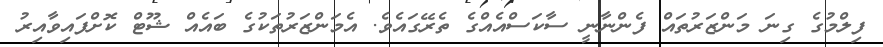
ފިލްމުގެ ގިނަ މަންޒަރުތައް ފެންނާނީ ސާކަސްއެއްގެ ތެރޭގައެވެ. އެމަންޒަރުތަކުގެ ބައެއް ޝޫޓް ކޮށްފައިވާއިރު